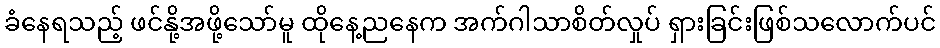
ခံနေရသည့် ဖင်နို့အဖို့သော်မူ ထိုနေ့ညနေက အက်ဂါသာစိတ်လှုပ် ရှားခြင်းဖြစ်သလောက်ပင်